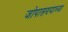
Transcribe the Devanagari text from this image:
जोपासण्याच्या